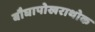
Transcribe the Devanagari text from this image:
बौघापोखराथोक